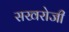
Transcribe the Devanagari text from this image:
सखरोजी